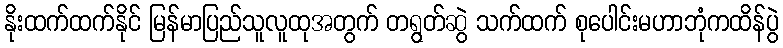
နိုးထက်ထက်နိုင် မြန်မာပြည်သူလူထုအတွက် တရွတ်ဆွဲ သက်ထက် စုပေါင်းမဟာဘုံကထိန်ပွဲ